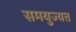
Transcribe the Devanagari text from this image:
समयुज्यत